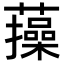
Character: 𧂈